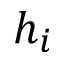
h _ { i }